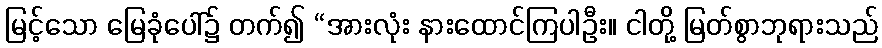
မြင့်သော မြေခုံပေါ်၌ တက်၍ “အားလုံး နားထောင်ကြပါဦး။ ငါတို့ မြတ်စွာဘုရားသည်